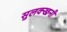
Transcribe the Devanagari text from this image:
सुलक्खनी